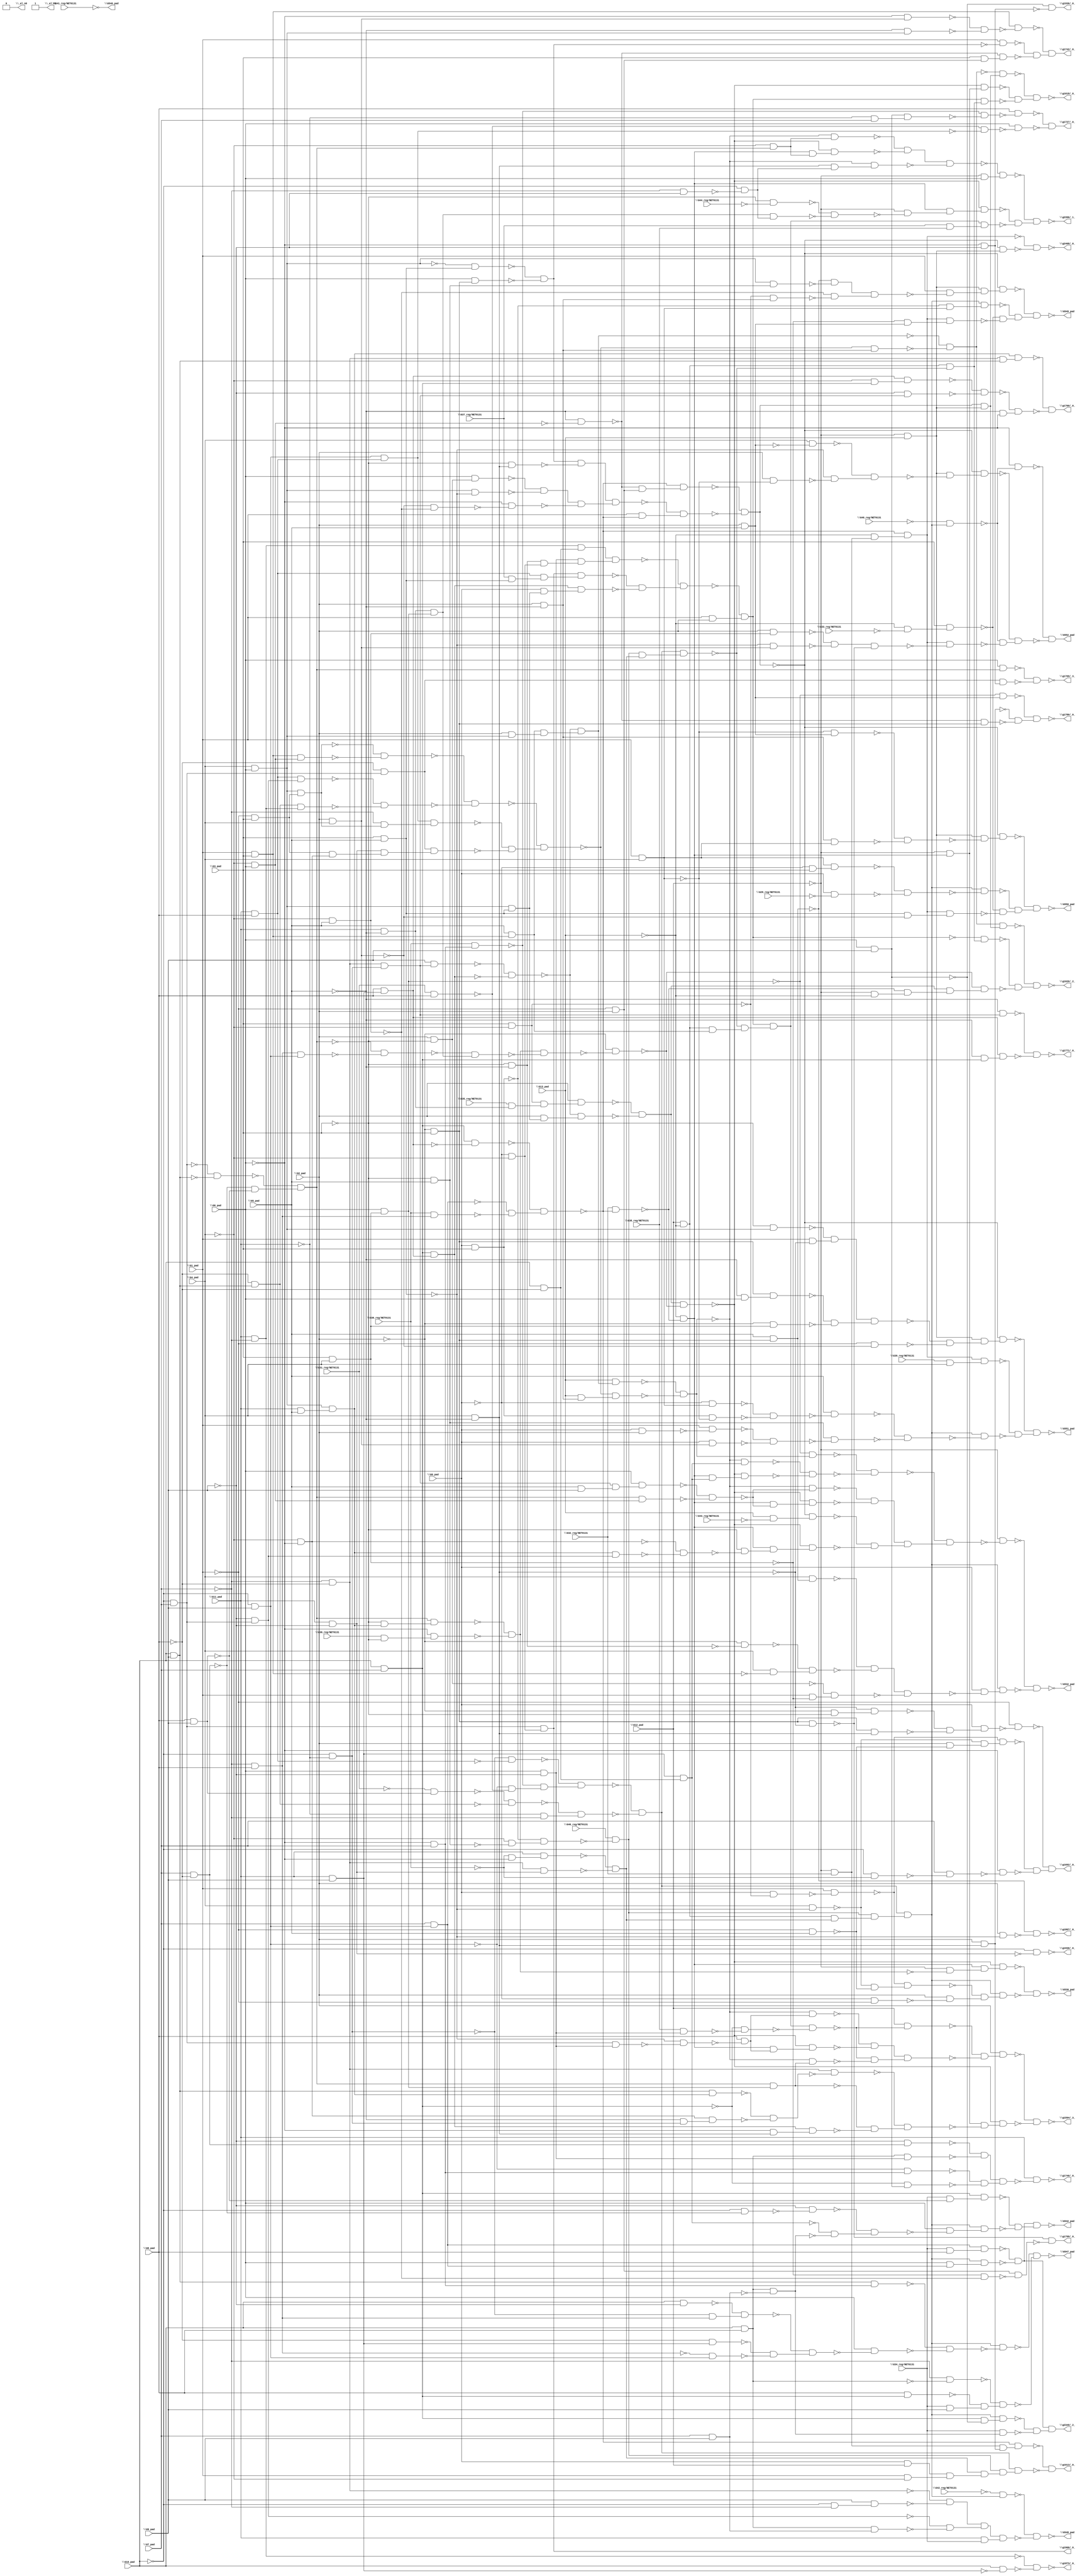
module top( \G0_pad  , \G10_pad  , \G11_pad  , \G12_pad  , \G13_pad  , \G1_pad  , \G29_reg/NET0131  , \G2_pad  , \G30_reg/NET0131  , \G31_reg/NET0131  , \G32_reg/NET0131  , \G33_reg/NET0131  , \G34_reg/NET0131  , \G35_reg/NET0131  , \G36_reg/NET0131  , \G37_reg/NET0131  , \G38_reg/NET0131  , \G39_reg/NET0131  , \G3_pad  , \G40_reg/NET0131  , \G41_reg/NET0131  , \G42_reg/NET0131  , \G43_reg/NET0131  , \G44_reg/NET0131  , \G46_reg/NET0131  , \G4_pad  , \G5_pad  , \G6_pad  , \G7_pad  , \G8_pad  , \G9_pad  , \G530_pad  , \G532_pad  , \G542_pad  , \G546_pad  , \G547_pad  , \G548_pad  , \G549_pad  , \G550_pad  , \G551_pad  , \G552_pad  , \_al_n0  , \_al_n1  , \g1594/_3_  , \g1613/_0_  , \g1618/_0_  , \g1620/_2_  , \g1692/_0_  , \g1727/_0_  , \g1740/_0_  , \g1742/_0_  , \g1760/_0_  , \g1769/_3_  , \g1771/_0_  , \g1780/_0_  , \g1799/_0_  , \g1867/_0_  , \g1873/_0_  , \g1900/_0_  , \g1930/_0_  , \g1936/_0_  , \g2340/_2_  , \g2396/_1_  , \g2408/_0_  );
  input \G0_pad  ;
  input \G10_pad  ;
  input \G11_pad  ;
  input \G12_pad  ;
  input \G13_pad  ;
  input \G1_pad  ;
  input \G29_reg/NET0131  ;
  input \G2_pad  ;
  input \G30_reg/NET0131  ;
  input \G31_reg/NET0131  ;
  input \G32_reg/NET0131  ;
  input \G33_reg/NET0131  ;
  input \G34_reg/NET0131  ;
  input \G35_reg/NET0131  ;
  input \G36_reg/NET0131  ;
  input \G37_reg/NET0131  ;
  input \G38_reg/NET0131  ;
  input \G39_reg/NET0131  ;
  input \G3_pad  ;
  input \G40_reg/NET0131  ;
  input \G41_reg/NET0131  ;
  input \G42_reg/NET0131  ;
  input \G43_reg/NET0131  ;
  input \G44_reg/NET0131  ;
  input \G46_reg/NET0131  ;
  input \G4_pad  ;
  input \G5_pad  ;
  input \G6_pad  ;
  input \G7_pad  ;
  input \G8_pad  ;
  input \G9_pad  ;
  output \G530_pad  ;
  output \G532_pad  ;
  output \G542_pad  ;
  output \G546_pad  ;
  output \G547_pad  ;
  output \G548_pad  ;
  output \G549_pad  ;
  output \G550_pad  ;
  output \G551_pad  ;
  output \G552_pad  ;
  output \_al_n0  ;
  output \_al_n1  ;
  output \g1594/_3_  ;
  output \g1613/_0_  ;
  output \g1618/_0_  ;
  output \g1620/_2_  ;
  output \g1692/_0_  ;
  output \g1727/_0_  ;
  output \g1740/_0_  ;
  output \g1742/_0_  ;
  output \g1760/_0_  ;
  output \g1769/_3_  ;
  output \g1771/_0_  ;
  output \g1780/_0_  ;
  output \g1799/_0_  ;
  output \g1867/_0_  ;
  output \g1873/_0_  ;
  output \g1900/_0_  ;
  output \g1930/_0_  ;
  output \g1936/_0_  ;
  output \g2340/_2_  ;
  output \g2396/_1_  ;
  output \g2408/_0_  ;
  wire n32 , n33 , n34 , n35 , n36 , n37 , n38 , n39 , n40 , n41 , n42 , n43 , n44 , n45 , n46 , n47 , n48 , n49 , n50 , n51 , n52 , n53 , n54 , n55 , n56 , n57 , n58 , n59 , n60 , n61 , n62 , n63 , n64 , n65 , n66 , n67 , n68 , n69 , n70 , n71 , n72 , n73 , n74 , n75 , n76 , n77 , n78 , n79 , n80 , n81 , n82 , n83 , n84 , n85 , n86 , n87 , n88 , n89 , n90 , n91 , n92 , n93 , n94 , n95 , n96 , n97 , n98 , n99 , n100 , n101 , n102 , n103 , n104 , n105 , n106 , n107 , n108 , n109 , n110 , n111 , n112 , n113 , n114 , n115 , n116 , n117 , n118 , n119 , n120 , n121 , n122 , n123 , n124 , n125 , n126 , n127 , n128 , n129 , n130 , n131 , n132 , n133 , n134 , n135 , n136 , n137 , n138 , n139 , n140 , n141 , n142 , n143 , n144 , n145 , n146 , n147 , n148 , n149 , n150 , n151 , n152 , n153 , n154 , n155 , n156 , n157 , n158 , n159 , n160 , n161 , n162 , n163 , n164 , n165 , n166 , n167 , n168 , n169 , n170 , n171 , n172 , n173 , n174 , n175 , n176 , n177 , n178 , n179 , n180 , n181 , n182 , n183 , n184 , n185 , n186 , n187 , n188 , n189 , n190 , n191 , n192 , n193 , n194 , n195 , n196 , n197 , n198 , n199 , n200 , n201 , n202 , n203 , n204 , n205 , n206 , n207 , n208 , n209 , n210 , n211 , n212 , n213 , n214 , n215 , n216 , n217 , n218 , n219 , n220 , n221 , n222 , n223 , n224 , n225 , n226 , n227 , n228 , n229 , n230 , n231 , n232 , n233 , n234 , n235 , n236 , n237 , n238 , n239 , n240 , n241 , n242 , n243 , n244 , n245 , n246 , n247 , n248 , n249 , n250 , n251 , n252 , n253 , n254 , n255 , n256 , n257 , n258 , n259 , n260 , n261 , n262 , n263 , n264 , n265 , n266 , n267 , n268 , n269 , n270 , n271 , n272 , n273 , n274 , n275 , n276 , n277 , n278 , n279 , n280 , n281 , n282 , n283 , n284 , n285 , n286 , n287 , n288 , n289 , n290 , n291 , n292 , n293 , n294 , n295 , n296 , n297 , n298 , n299 , n300 , n301 , n302 , n303 , n304 , n305 , n306 , n307 , n308 , n309 , n310 , n311 , n312 , n313 , n314 , n315 , n316 , n317 , n318 , n319 , n320 , n321 , n322 , n323 , n324 , n325 , n326 , n327 , n328 , n329 , n330 , n331 , n332 , n333 , n334 , n335 , n336 , n337 , n338 , n339 , n340 , n341 , n342 , n343 , n344 , n345 , n346 , n347 , n348 , n349 , n350 , n351 , n352 , n353 , n354 , n355 , n356 , n357 , n358 , n359 , n360 , n361 , n362 , n363 , n364 , n365 , n366 , n367 , n368 , n369 , n370 , n371 , n372 , n373 , n374 , n375 , n376 , n377 , n378 , n379 , n380 , n381 , n382 , n383 , n384 , n385 , n386 , n387 , n388 , n389 , n390 , n391 , n392 , n393 , n394 , n395 , n396 , n397 , n398 , n399 , n400 , n401 , n402 , n403 , n404 , n405 , n406 , n407 , n408 , n409 , n410 , n411 , n412 , n413 , n414 , n415 , n416 , n417 , n418 , n419 , n420 , n421 , n422 , n423 , n424 , n425 , n426 , n427 , n428 , n429 , n430 , n431 , n432 , n433 , n434 , n435 , n436 , n437 , n438 , n439 , n440 , n441 , n442 , n443 , n444 , n445 , n446 , n447 , n448 , n449 , n450 , n451 , n452 , n453 , n454 , n455 , n456 , n457 , n458 , n459 , n460 , n461 , n462 , n463 , n464 , n465 , n466 , n467 , n468 , n469 , n470 , n471 , n472 , n473 , n474 , n475 , n476 , n477 , n478 , n479 , n480 , n481 , n482 , n483 , n484 , n485 , n486 , n487 , n488 , n489 , n490 , n491 , n492 , n493 , n494 , n495 , n496 , n497 , n498 , n499 , n500 , n501 , n502 , n503 , n504 , n505 , n506 , n507 , n508 , n509 , n510 , n511 , n512 , n513 , n514 , n515 , n516 , n517 , n518 , n519 , n520 , n521 , n522 , n523 , n524 ;
  assign n32 = \G3_pad  & ~\G4_pad  ;
  assign n33 = \G11_pad  & ~\G5_pad  ;
  assign n34 = \G35_reg/NET0131  & n33 ;
  assign n35 = n32 & n34 ;
  assign n36 = \G2_pad  & n35 ;
  assign n37 = ~\G7_pad  & ~\G8_pad  ;
  assign n38 = ~\G10_pad  & ~\G11_pad  ;
  assign n39 = n37 & n38 ;
  assign n40 = \G9_pad  & n39 ;
  assign n41 = \G10_pad  & \G7_pad  ;
  assign n42 = \G11_pad  & \G9_pad  ;
  assign n43 = \G8_pad  & n42 ;
  assign n44 = n41 & n43 ;
  assign n45 = ~n40 & ~n44 ;
  assign n46 = \G4_pad  & \G6_pad  ;
  assign n47 = \G3_pad  & \G5_pad  ;
  assign n48 = n46 & n47 ;
  assign n49 = \G2_pad  & n48 ;
  assign n50 = ~n45 & n49 ;
  assign n51 = ~n36 & ~n50 ;
  assign n52 = ~\G10_pad  & \G7_pad  ;
  assign n53 = \G10_pad  & \G9_pad  ;
  assign n54 = ~n52 & ~n53 ;
  assign n55 = \G7_pad  & ~\G8_pad  ;
  assign n56 = \G8_pad  & \G9_pad  ;
  assign n57 = ~n55 & ~n56 ;
  assign n58 = ~n54 & n57 ;
  assign n59 = \G11_pad  & \G5_pad  ;
  assign n60 = n46 & n59 ;
  assign n61 = ~\G3_pad  & n60 ;
  assign n62 = n58 & n61 ;
  assign n63 = \G36_reg/NET0131  & ~\G3_pad  ;
  assign n64 = ~\G6_pad  & n63 ;
  assign n65 = ~n62 & ~n64 ;
  assign n66 = ~\G7_pad  & \G8_pad  ;
  assign n67 = ~\G10_pad  & \G9_pad  ;
  assign n68 = n66 & n67 ;
  assign n69 = ~n58 & ~n68 ;
  assign n70 = \G3_pad  & \G4_pad  ;
  assign n71 = \G6_pad  & n70 ;
  assign n72 = n33 & n71 ;
  assign n73 = ~n69 & n72 ;
  assign n74 = n65 & ~n73 ;
  assign n75 = ~\G2_pad  & ~n74 ;
  assign n76 = n51 & ~n75 ;
  assign n77 = n41 & ~n43 ;
  assign n78 = \G7_pad  & n67 ;
  assign n79 = \G30_reg/NET0131  & n66 ;
  assign n80 = ~n78 & ~n79 ;
  assign n81 = ~n77 & n80 ;
  assign n82 = \G32_reg/NET0131  & ~n81 ;
  assign n83 = ~\G13_pad  & ~n82 ;
  assign n84 = ~\G12_pad  & ~n65 ;
  assign n85 = n83 & n84 ;
  assign n86 = ~n76 & n85 ;
  assign n87 = \G11_pad  & \G8_pad  ;
  assign n88 = ~n38 & ~n87 ;
  assign n89 = ~\G6_pad  & \G7_pad  ;
  assign n90 = \G30_reg/NET0131  & n89 ;
  assign n91 = \G31_reg/NET0131  & \G8_pad  ;
  assign n92 = ~n67 & ~n91 ;
  assign n93 = ~n90 & n92 ;
  assign n94 = ~n88 & n93 ;
  assign n95 = ~\G31_reg/NET0131  & n56 ;
  assign n96 = ~\G8_pad  & n53 ;
  assign n97 = ~n95 & ~n96 ;
  assign n98 = ~\G11_pad  & ~\G7_pad  ;
  assign n99 = ~n97 & n98 ;
  assign n100 = ~n94 & ~n99 ;
  assign n101 = \G0_pad  & \G3_pad  ;
  assign n102 = ~\G3_pad  & \G5_pad  ;
  assign n103 = ~\G4_pad  & ~n102 ;
  assign n104 = ~n101 & n103 ;
  assign n105 = \G46_reg/NET0131  & ~n104 ;
  assign n106 = \G12_pad  & ~\G13_pad  ;
  assign n107 = ~\G30_reg/NET0131  & ~\G6_pad  ;
  assign n108 = \G11_pad  & n107 ;
  assign n109 = \G11_pad  & ~\G9_pad  ;
  assign n110 = n37 & n109 ;
  assign n111 = ~n108 & ~n110 ;
  assign n112 = n106 & n111 ;
  assign n113 = n105 & n112 ;
  assign n114 = n100 & n113 ;
  assign n115 = \G0_pad  & ~n32 ;
  assign n116 = \G1_pad  & ~n115 ;
  assign n117 = \G4_pad  & ~n47 ;
  assign n118 = ~\G1_pad  & \G5_pad  ;
  assign n119 = ~n117 & ~n118 ;
  assign n120 = ~n116 & n119 ;
  assign n121 = ~\G0_pad  & ~\G1_pad  ;
  assign n122 = \G2_pad  & ~n121 ;
  assign n123 = ~n120 & n122 ;
  assign n124 = n114 & n123 ;
  assign n125 = ~n86 & ~n124 ;
  assign n126 = \G1_pad  & \G3_pad  ;
  assign n127 = \G5_pad  & n126 ;
  assign n128 = \G2_pad  & n46 ;
  assign n129 = n127 & n128 ;
  assign n130 = ~n45 & n129 ;
  assign n131 = \G13_pad  & n130 ;
  assign n132 = ~\G1_pad  & \G3_pad  ;
  assign n133 = n46 & n132 ;
  assign n134 = ~\G4_pad  & \G6_pad  ;
  assign n135 = n126 & n134 ;
  assign n136 = ~n133 & ~n135 ;
  assign n137 = ~\G9_pad  & n52 ;
  assign n138 = n87 & n137 ;
  assign n139 = \G11_pad  & ~\G7_pad  ;
  assign n140 = n96 & n139 ;
  assign n141 = ~n138 & ~n140 ;
  assign n142 = ~n136 & ~n141 ;
  assign n143 = n67 & n87 ;
  assign n144 = ~\G7_pad  & n133 ;
  assign n145 = n143 & n144 ;
  assign n146 = ~\G8_pad  & n52 ;
  assign n147 = ~\G4_pad  & ~\G6_pad  ;
  assign n148 = n132 & n147 ;
  assign n149 = n109 & n148 ;
  assign n150 = n146 & n149 ;
  assign n151 = ~n145 & ~n150 ;
  assign n152 = ~n142 & n151 ;
  assign n153 = \G2_pad  & ~\G5_pad  ;
  assign n154 = \G13_pad  & n153 ;
  assign n155 = ~n152 & n154 ;
  assign n156 = ~n131 & ~n155 ;
  assign n157 = ~n71 & n156 ;
  assign n158 = \G10_pad  & ~\G8_pad  ;
  assign n159 = n42 & n158 ;
  assign n160 = ~n156 & n159 ;
  assign n161 = n83 & n159 ;
  assign n162 = ~n76 & n161 ;
  assign n163 = ~n160 & ~n162 ;
  assign n164 = ~n157 & ~n163 ;
  assign n165 = \G5_pad  & \G9_pad  ;
  assign n166 = n39 & n165 ;
  assign n167 = \G6_pad  & n166 ;
  assign n168 = n58 & n134 ;
  assign n169 = ~n167 & ~n168 ;
  assign n170 = ~n156 & ~n169 ;
  assign n171 = n83 & ~n169 ;
  assign n172 = ~n76 & n171 ;
  assign n173 = ~n170 & ~n172 ;
  assign n174 = ~\G5_pad  & ~n134 ;
  assign n175 = ~\G1_pad  & \G2_pad  ;
  assign n176 = ~n174 & n175 ;
  assign n177 = ~n81 & n176 ;
  assign n178 = ~n46 & n47 ;
  assign n179 = ~\G2_pad  & \G3_pad  ;
  assign n180 = \G6_pad  & n179 ;
  assign n181 = ~n178 & ~n180 ;
  assign n182 = \G4_pad  & ~\G5_pad  ;
  assign n183 = ~\G3_pad  & n182 ;
  assign n184 = n181 & ~n183 ;
  assign n185 = \G2_pad  & ~\G3_pad  ;
  assign n186 = \G6_pad  & n185 ;
  assign n187 = n46 & ~n47 ;
  assign n188 = ~n186 & ~n187 ;
  assign n189 = \G2_pad  & \G4_pad  ;
  assign n190 = ~\G4_pad  & \G5_pad  ;
  assign n191 = ~n189 & ~n190 ;
  assign n192 = ~\G6_pad  & ~n191 ;
  assign n193 = n188 & ~n192 ;
  assign n194 = n184 & n193 ;
  assign n195 = \G1_pad  & ~n81 ;
  assign n196 = ~n194 & n195 ;
  assign n197 = ~n177 & ~n196 ;
  assign n198 = \G13_pad  & ~\G43_reg/NET0131  ;
  assign n199 = ~n197 & n198 ;
  assign n200 = n60 & n137 ;
  assign n201 = ~n147 & ~n200 ;
  assign n202 = ~\G3_pad  & ~n201 ;
  assign n203 = n83 & n202 ;
  assign n204 = ~n76 & n203 ;
  assign n205 = ~n199 & ~n204 ;
  assign n206 = n173 & n205 ;
  assign n207 = ~n164 & n206 ;
  assign n208 = ~\G12_pad  & ~n207 ;
  assign n209 = \G5_pad  & n179 ;
  assign n210 = \G4_pad  & n209 ;
  assign n211 = ~\G3_pad  & ~\G5_pad  ;
  assign n212 = ~\G2_pad  & ~n211 ;
  assign n213 = \G4_pad  & ~n126 ;
  assign n214 = ~n212 & n213 ;
  assign n215 = ~n210 & ~n214 ;
  assign n216 = \G1_pad  & ~n70 ;
  assign n217 = ~n185 & n216 ;
  assign n218 = n215 & ~n217 ;
  assign n219 = \G0_pad  & ~n218 ;
  assign n220 = n114 & n219 ;
  assign n221 = ~n208 & ~n220 ;
  assign n222 = \G34_reg/NET0131  & \G8_pad  ;
  assign n223 = n78 & n222 ;
  assign n224 = \G6_pad  & n78 ;
  assign n225 = n114 & n224 ;
  assign n226 = ~n223 & ~n225 ;
  assign n227 = \G34_reg/NET0131  & ~n56 ;
  assign n228 = n41 & n227 ;
  assign n229 = ~\G10_pad  & ~n55 ;
  assign n230 = ~\G9_pad  & ~n229 ;
  assign n231 = \G10_pad  & \G8_pad  ;
  assign n232 = \G7_pad  & \G9_pad  ;
  assign n233 = n231 & ~n232 ;
  assign n234 = ~n159 & ~n233 ;
  assign n235 = ~n230 & n234 ;
  assign n236 = \G6_pad  & ~n235 ;
  assign n237 = n114 & n236 ;
  assign n238 = ~n228 & ~n237 ;
  assign n239 = n226 & n238 ;
  assign n240 = n53 & n89 ;
  assign n241 = \G10_pad  & ~\G9_pad  ;
  assign n242 = ~n38 & n66 ;
  assign n243 = ~n241 & n242 ;
  assign n244 = ~\G8_pad  & n42 ;
  assign n245 = ~n66 & n67 ;
  assign n246 = ~n244 & ~n245 ;
  assign n247 = ~n243 & n246 ;
  assign n248 = \G6_pad  & ~n247 ;
  assign n249 = ~n240 & ~n248 ;
  assign n250 = n114 & ~n249 ;
  assign n251 = ~\G7_pad  & ~n231 ;
  assign n252 = \G8_pad  & n41 ;
  assign n253 = \G34_reg/NET0131  & \G9_pad  ;
  assign n254 = ~n252 & n253 ;
  assign n255 = ~n251 & n254 ;
  assign n256 = ~n250 & ~n255 ;
  assign n257 = ~\G42_reg/NET0131  & n114 ;
  assign n258 = ~\G10_pad  & ~\G7_pad  ;
  assign n259 = \G9_pad  & n258 ;
  assign n260 = ~n37 & ~n259 ;
  assign n261 = n231 & n232 ;
  assign n262 = ~n137 & ~n261 ;
  assign n263 = n260 & n262 ;
  assign n264 = \G11_pad  & \G34_reg/NET0131  ;
  assign n265 = n263 & n264 ;
  assign n266 = ~n257 & ~n265 ;
  assign n267 = ~\G12_pad  & \G13_pad  ;
  assign n268 = n46 & n102 ;
  assign n269 = ~n209 & ~n268 ;
  assign n270 = ~n32 & n153 ;
  assign n271 = ~n190 & ~n270 ;
  assign n272 = n269 & n271 ;
  assign n273 = \G1_pad  & ~n272 ;
  assign n274 = n267 & n273 ;
  assign n275 = ~n197 & n274 ;
  assign n276 = \G1_pad  & \G4_pad  ;
  assign n277 = ~n101 & n276 ;
  assign n278 = n114 & n277 ;
  assign n279 = ~\G13_pad  & ~\G33_reg/NET0131  ;
  assign n280 = \G3_pad  & n279 ;
  assign n281 = ~\G12_pad  & \G32_reg/NET0131  ;
  assign n282 = ~\G13_pad  & n281 ;
  assign n283 = ~n81 & n282 ;
  assign n284 = \G2_pad  & \G5_pad  ;
  assign n285 = ~n70 & n284 ;
  assign n286 = n283 & n285 ;
  assign n287 = ~n280 & ~n286 ;
  assign n288 = ~n278 & n287 ;
  assign n289 = ~n275 & n288 ;
  assign n290 = ~n276 & n284 ;
  assign n291 = n153 & n276 ;
  assign n292 = ~n290 & ~n291 ;
  assign n293 = n267 & ~n292 ;
  assign n294 = ~n197 & n293 ;
  assign n295 = ~\G0_pad  & \G3_pad  ;
  assign n296 = n276 & n295 ;
  assign n297 = \G0_pad  & ~\G29_reg/NET0131  ;
  assign n298 = ~n296 & ~n297 ;
  assign n299 = n114 & ~n298 ;
  assign n300 = n47 & ~n189 ;
  assign n301 = n283 & n300 ;
  assign n302 = ~n280 & ~n301 ;
  assign n303 = ~n299 & n302 ;
  assign n304 = ~n294 & n303 ;
  assign n305 = ~\G3_pad  & n46 ;
  assign n306 = \G1_pad  & ~n182 ;
  assign n307 = ~n305 & n306 ;
  assign n308 = ~\G5_pad  & \G6_pad  ;
  assign n309 = n179 & n308 ;
  assign n310 = ~\G2_pad  & n70 ;
  assign n311 = ~n309 & ~n310 ;
  assign n312 = n307 & n311 ;
  assign n313 = ~\G1_pad  & ~n189 ;
  assign n314 = ~n312 & ~n313 ;
  assign n315 = n267 & n314 ;
  assign n316 = ~n197 & n315 ;
  assign n317 = \G39_reg/NET0131  & \G4_pad  ;
  assign n318 = n283 & n317 ;
  assign n319 = ~\G0_pad  & n276 ;
  assign n320 = n101 & ~n276 ;
  assign n321 = ~n319 & ~n320 ;
  assign n322 = \G5_pad  & ~n321 ;
  assign n323 = \G0_pad  & \G2_pad  ;
  assign n324 = \G1_pad  & ~n323 ;
  assign n325 = \G0_pad  & n189 ;
  assign n326 = ~n324 & ~n325 ;
  assign n327 = n102 & ~n326 ;
  assign n328 = ~n322 & ~n327 ;
  assign n329 = n114 & ~n328 ;
  assign n330 = ~n318 & ~n329 ;
  assign n331 = ~n316 & n330 ;
  assign n332 = ~\G40_reg/NET0131  & n114 ;
  assign n333 = ~\G6_pad  & ~n332 ;
  assign n334 = \G4_pad  & ~n284 ;
  assign n335 = \G2_pad  & ~n276 ;
  assign n336 = ~n47 & ~n335 ;
  assign n337 = ~n334 & n336 ;
  assign n338 = n267 & ~n337 ;
  assign n339 = ~n197 & n338 ;
  assign n340 = \G2_pad  & n190 ;
  assign n341 = ~n47 & n189 ;
  assign n342 = ~n340 & ~n341 ;
  assign n343 = n179 & ~n182 ;
  assign n344 = n342 & ~n343 ;
  assign n345 = n283 & ~n344 ;
  assign n346 = ~n332 & ~n345 ;
  assign n347 = ~n339 & n346 ;
  assign n348 = ~n333 & ~n347 ;
  assign n349 = n139 & n158 ;
  assign n350 = \G6_pad  & ~\G9_pad  ;
  assign n351 = ~\G0_pad  & ~\G4_pad  ;
  assign n352 = n211 & n351 ;
  assign n353 = n350 & n352 ;
  assign n354 = n349 & n353 ;
  assign n355 = n52 & n351 ;
  assign n356 = \G37_reg/NET0131  & n47 ;
  assign n357 = n87 & n356 ;
  assign n358 = n355 & n357 ;
  assign n359 = \G0_pad  & n48 ;
  assign n360 = n44 & n359 ;
  assign n361 = ~n358 & ~n360 ;
  assign n362 = ~n354 & n361 ;
  assign n363 = \G1_pad  & \G2_pad  ;
  assign n364 = ~n362 & n363 ;
  assign n365 = n105 & n111 ;
  assign n366 = n100 & n365 ;
  assign n367 = n106 & n127 ;
  assign n368 = ~n366 & n367 ;
  assign n369 = n364 & n368 ;
  assign n370 = \G38_reg/NET0131  & n350 ;
  assign n371 = ~n41 & ~n370 ;
  assign n372 = n369 & ~n371 ;
  assign n373 = \G12_pad  & ~n372 ;
  assign n374 = n52 & n350 ;
  assign n375 = ~n47 & ~n374 ;
  assign n376 = \G8_pad  & ~n375 ;
  assign n377 = ~n156 & n376 ;
  assign n378 = n83 & n376 ;
  assign n379 = ~n76 & n378 ;
  assign n380 = ~n377 & ~n379 ;
  assign n381 = n58 & n71 ;
  assign n382 = ~n156 & n381 ;
  assign n383 = ~n372 & ~n382 ;
  assign n384 = n380 & n383 ;
  assign n385 = ~n373 & ~n384 ;
  assign n386 = \G2_pad  & n385 ;
  assign n387 = ~\G12_pad  & n83 ;
  assign n388 = n53 & n60 ;
  assign n389 = ~\G5_pad  & n38 ;
  assign n390 = n147 & n389 ;
  assign n391 = ~n388 & ~n390 ;
  assign n392 = n37 & ~n391 ;
  assign n393 = ~\G6_pad  & n182 ;
  assign n394 = n44 & n393 ;
  assign n395 = ~n381 & ~n394 ;
  assign n396 = ~n392 & n395 ;
  assign n397 = n387 & ~n396 ;
  assign n398 = ~n76 & n397 ;
  assign n399 = ~n386 & ~n398 ;
  assign n400 = \G2_pad  & n182 ;
  assign n401 = n281 & n400 ;
  assign n402 = ~n81 & n401 ;
  assign n403 = \G0_pad  & \G12_pad  ;
  assign n404 = \G1_pad  & ~\G4_pad  ;
  assign n405 = n403 & n404 ;
  assign n406 = n111 & n405 ;
  assign n407 = n105 & n406 ;
  assign n408 = n100 & n407 ;
  assign n409 = ~n402 & ~n408 ;
  assign n410 = ~n152 & n153 ;
  assign n411 = ~n130 & ~n410 ;
  assign n412 = n197 & n267 ;
  assign n413 = ~n411 & n412 ;
  assign n414 = ~n76 & n387 ;
  assign n415 = n106 & ~n366 ;
  assign n416 = n364 & n415 ;
  assign n417 = ~n414 & ~n416 ;
  assign n418 = ~n413 & n417 ;
  assign n419 = n411 & n412 ;
  assign n420 = ~n364 & n415 ;
  assign n421 = ~\G12_pad  & ~\G13_pad  ;
  assign n422 = ~n82 & n421 ;
  assign n423 = n51 & n422 ;
  assign n424 = ~n75 & n423 ;
  assign n425 = ~n420 & ~n424 ;
  assign n426 = ~n419 & n425 ;
  assign n427 = ~\G2_pad  & ~\G3_pad  ;
  assign n428 = ~n182 & n427 ;
  assign n429 = n179 & n182 ;
  assign n430 = ~n428 & ~n429 ;
  assign n431 = \G0_pad  & n430 ;
  assign n432 = ~\G1_pad  & ~n431 ;
  assign n433 = \G2_pad  & ~n118 ;
  assign n434 = ~n117 & n433 ;
  assign n435 = ~n116 & n434 ;
  assign n436 = ~\G10_pad  & ~\G30_reg/NET0131  ;
  assign n437 = \G7_pad  & ~n436 ;
  assign n438 = ~\G6_pad  & ~n437 ;
  assign n439 = ~n435 & ~n438 ;
  assign n440 = ~n432 & n439 ;
  assign n441 = \G6_pad  & \G9_pad  ;
  assign n442 = ~\G11_pad  & \G7_pad  ;
  assign n443 = n441 & n442 ;
  assign n444 = ~n90 & ~n443 ;
  assign n445 = \G8_pad  & ~n444 ;
  assign n446 = ~n91 & ~n143 ;
  assign n447 = \G6_pad  & ~n446 ;
  assign n448 = ~n445 & ~n447 ;
  assign n449 = ~\G9_pad  & n55 ;
  assign n450 = n231 & n350 ;
  assign n451 = ~n449 & ~n450 ;
  assign n452 = ~n67 & n89 ;
  assign n453 = ~n41 & n441 ;
  assign n454 = ~n452 & ~n453 ;
  assign n455 = n451 & n454 ;
  assign n456 = \G11_pad  & ~n455 ;
  assign n457 = ~\G6_pad  & n189 ;
  assign n458 = ~\G5_pad  & n46 ;
  assign n459 = ~n457 & ~n458 ;
  assign n460 = n126 & ~n459 ;
  assign n461 = \G1_pad  & ~n181 ;
  assign n462 = \G3_pad  & n175 ;
  assign n463 = ~n174 & n462 ;
  assign n464 = ~n461 & ~n463 ;
  assign n465 = ~n460 & n464 ;
  assign n466 = n37 & n53 ;
  assign n467 = n60 & n466 ;
  assign n468 = ~\G4_pad  & n41 ;
  assign n469 = n43 & n468 ;
  assign n470 = ~\G9_pad  & n39 ;
  assign n471 = ~n469 & ~n470 ;
  assign n472 = ~\G5_pad  & ~\G6_pad  ;
  assign n473 = ~n471 & n472 ;
  assign n474 = ~n467 & ~n473 ;
  assign n475 = \G6_pad  & n58 ;
  assign n476 = ~\G6_pad  & ~\G9_pad  ;
  assign n477 = n146 & n476 ;
  assign n478 = ~n475 & ~n477 ;
  assign n479 = ~\G5_pad  & n39 ;
  assign n480 = ~\G5_pad  & n41 ;
  assign n481 = n43 & n480 ;
  assign n482 = ~n479 & ~n481 ;
  assign n483 = ~n71 & n284 ;
  assign n484 = ~n174 & n179 ;
  assign n485 = ~n400 & ~n484 ;
  assign n486 = ~n483 & n485 ;
  assign n487 = ~n70 & ~n190 ;
  assign n488 = n175 & ~n487 ;
  assign n489 = ~n343 & ~n488 ;
  assign n490 = \G2_pad  & ~n47 ;
  assign n491 = ~n209 & ~n490 ;
  assign n492 = \G10_pad  & ~n42 ;
  assign n493 = ~n139 & ~n492 ;
  assign n494 = ~\G10_pad  & ~n109 ;
  assign n495 = ~n441 & ~n476 ;
  assign n496 = n41 & ~n441 ;
  assign n497 = n114 & n496 ;
  assign n498 = \G34_reg/NET0131  & n233 ;
  assign n499 = ~n497 & ~n498 ;
  assign n500 = n226 & n499 ;
  assign n501 = ~\G4_pad  & n58 ;
  assign n502 = ~n156 & n501 ;
  assign n503 = n83 & n501 ;
  assign n504 = ~n76 & n503 ;
  assign n505 = ~n502 & ~n504 ;
  assign n506 = ~\G7_pad  & ~\G9_pad  ;
  assign n507 = ~\G10_pad  & ~n506 ;
  assign n508 = n182 & n507 ;
  assign n509 = ~n156 & n508 ;
  assign n510 = n505 & ~n509 ;
  assign n511 = ~\G12_pad  & \G6_pad  ;
  assign n512 = ~n510 & n511 ;
  assign n513 = ~\G3_pad  & ~\G44_reg/NET0131  ;
  assign n514 = n72 & n507 ;
  assign n515 = ~n513 & ~n514 ;
  assign n516 = ~\G12_pad  & ~n515 ;
  assign n517 = n83 & n516 ;
  assign n518 = ~n76 & n517 ;
  assign n519 = \G37_reg/NET0131  & \G38_reg/NET0131  ;
  assign n520 = n369 & n519 ;
  assign n521 = ~n518 & ~n520 ;
  assign n522 = ~n512 & n521 ;
  assign n523 = ~n197 & n267 ;
  assign n524 = ~n283 & ~n523 ;
  assign \G530_pad  = ~n125 ;
  assign \G532_pad  = ~n221 ;
  assign \G542_pad  = ~n239 ;
  assign \G546_pad  = ~\G41_reg/NET0131  ;
  assign \G547_pad  = ~n256 ;
  assign \G548_pad  = ~n266 ;
  assign \G549_pad  = ~n289 ;
  assign \G550_pad  = ~n304 ;
  assign \G551_pad  = ~n331 ;
  assign \G552_pad  = n348 ;
  assign \_al_n0  = 1'b0 ;
  assign \_al_n1  = ~1'b0 ;
  assign \g1594/_3_  = ~n399 ;
  assign \g1613/_0_  = n409 ;
  assign \g1618/_0_  = ~n418 ;
  assign \g1620/_2_  = ~n426 ;
  assign \g1692/_0_  = n440 ;
  assign \g1727/_0_  = n448 ;
  assign \g1740/_0_  = ~n456 ;
  assign \g1742/_0_  = n465 ;
  assign \g1760/_0_  = n474 ;
  assign \g1769/_3_  = ~n478 ;
  assign \g1771/_0_  = ~n482 ;
  assign \g1780/_0_  = ~n486 ;
  assign \g1799/_0_  = n489 ;
  assign \g1867/_0_  = ~n491 ;
  assign \g1873/_0_  = ~n493 ;
  assign \g1900/_0_  = n355 ;
  assign \g1930/_0_  = ~n494 ;
  assign \g1936/_0_  = n495 ;
  assign \g2340/_2_  = n500 ;
  assign \g2396/_1_  = ~n522 ;
  assign \g2408/_0_  = ~n524 ;
endmodule